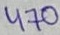
Text: 470